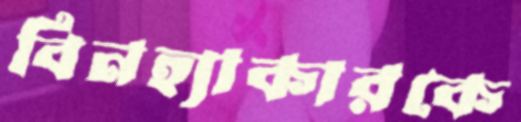
বিনহ্যাকারকে